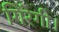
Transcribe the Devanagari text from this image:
गिरेगी।